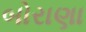
બોરાણા